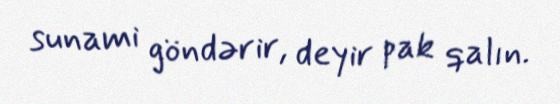
sunami göndərir, deyir pak qalın.